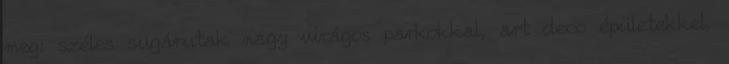
meg: széles sugárutak nagy virágos parkokkal, art deco épületekkel,